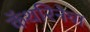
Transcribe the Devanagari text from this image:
कॅथरिनेचा